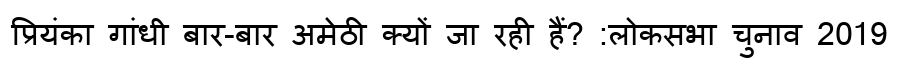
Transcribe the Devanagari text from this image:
प्रियंका गांधी बार-बार अमेठी क्यों जा रही हैं? :लोकसभा चुनाव 2019